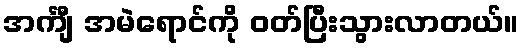
အင်္ကျီ အမဲရောင်ကို ဝတ်ပြီးသွားလာတယ်။